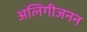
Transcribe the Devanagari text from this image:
अलिंगीजनन